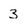
Character: 3